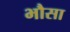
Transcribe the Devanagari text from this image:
भौसा